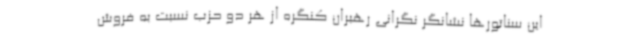
این سناتورها نشانگر نگرانی رهبران کنگره از هر دو حزب نسبت به فروش